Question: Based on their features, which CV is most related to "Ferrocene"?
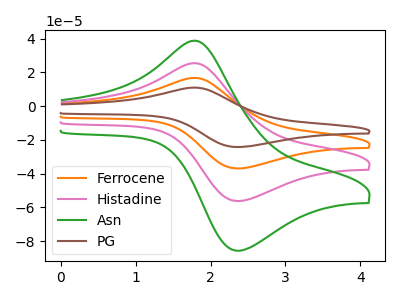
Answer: <think>The orange curve "Ferrocene" has an anodic peak at (1.80V, 50.85uA) and a cathodic peak at (2.40V, -112.45uA). The pink curve "Histadine" has an anodic peak at (1.80V, 25.45uA) and a cathodic peak at (2.40V, -56.20uA). The green curve "Asn" has an anodic peak at (1.80V, 38.75uA) and a cathodic peak at (2.40V, -85.60uA). The brown curve "PG" has an anodic peak at (1.80V, 76.30uA) and a cathodic peak at (2.40V, -168.65uA).
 All the peaks in "Ferrocene" have a peak in "Histadine" at the same potential. Every peak in "Ferrocene" is higher than every peak in "Histadine". All the peaks in "Ferrocene" have a peak in "Asn" at the same potential. Every peak in "Ferrocene" is higher than every peak in "Asn". All the peaks in "Ferrocene" have a peak in "PG" at the same potential. Every peak in "Ferrocene" is lower than every peak in "PG". All the peaks in "Histadine" have a peak in "Asn" at the same potential. Every peak in "Histadine" is lower than every peak in "Asn". All the peaks in "Histadine" have a peak in "PG" at the same potential. Every peak in "Histadine" is lower than every peak in "PG". All the peaks in "Asn" have a peak in "PG" at the same potential. Every peak in "Asn" is lower than every peak in "PG".</think>
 <answer>"Ferrocene", "Histadine" and "PG" have a similar shape to "Asn".</answer>
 <eval>"Ferrocene" "Histadine" "PG"</eval>